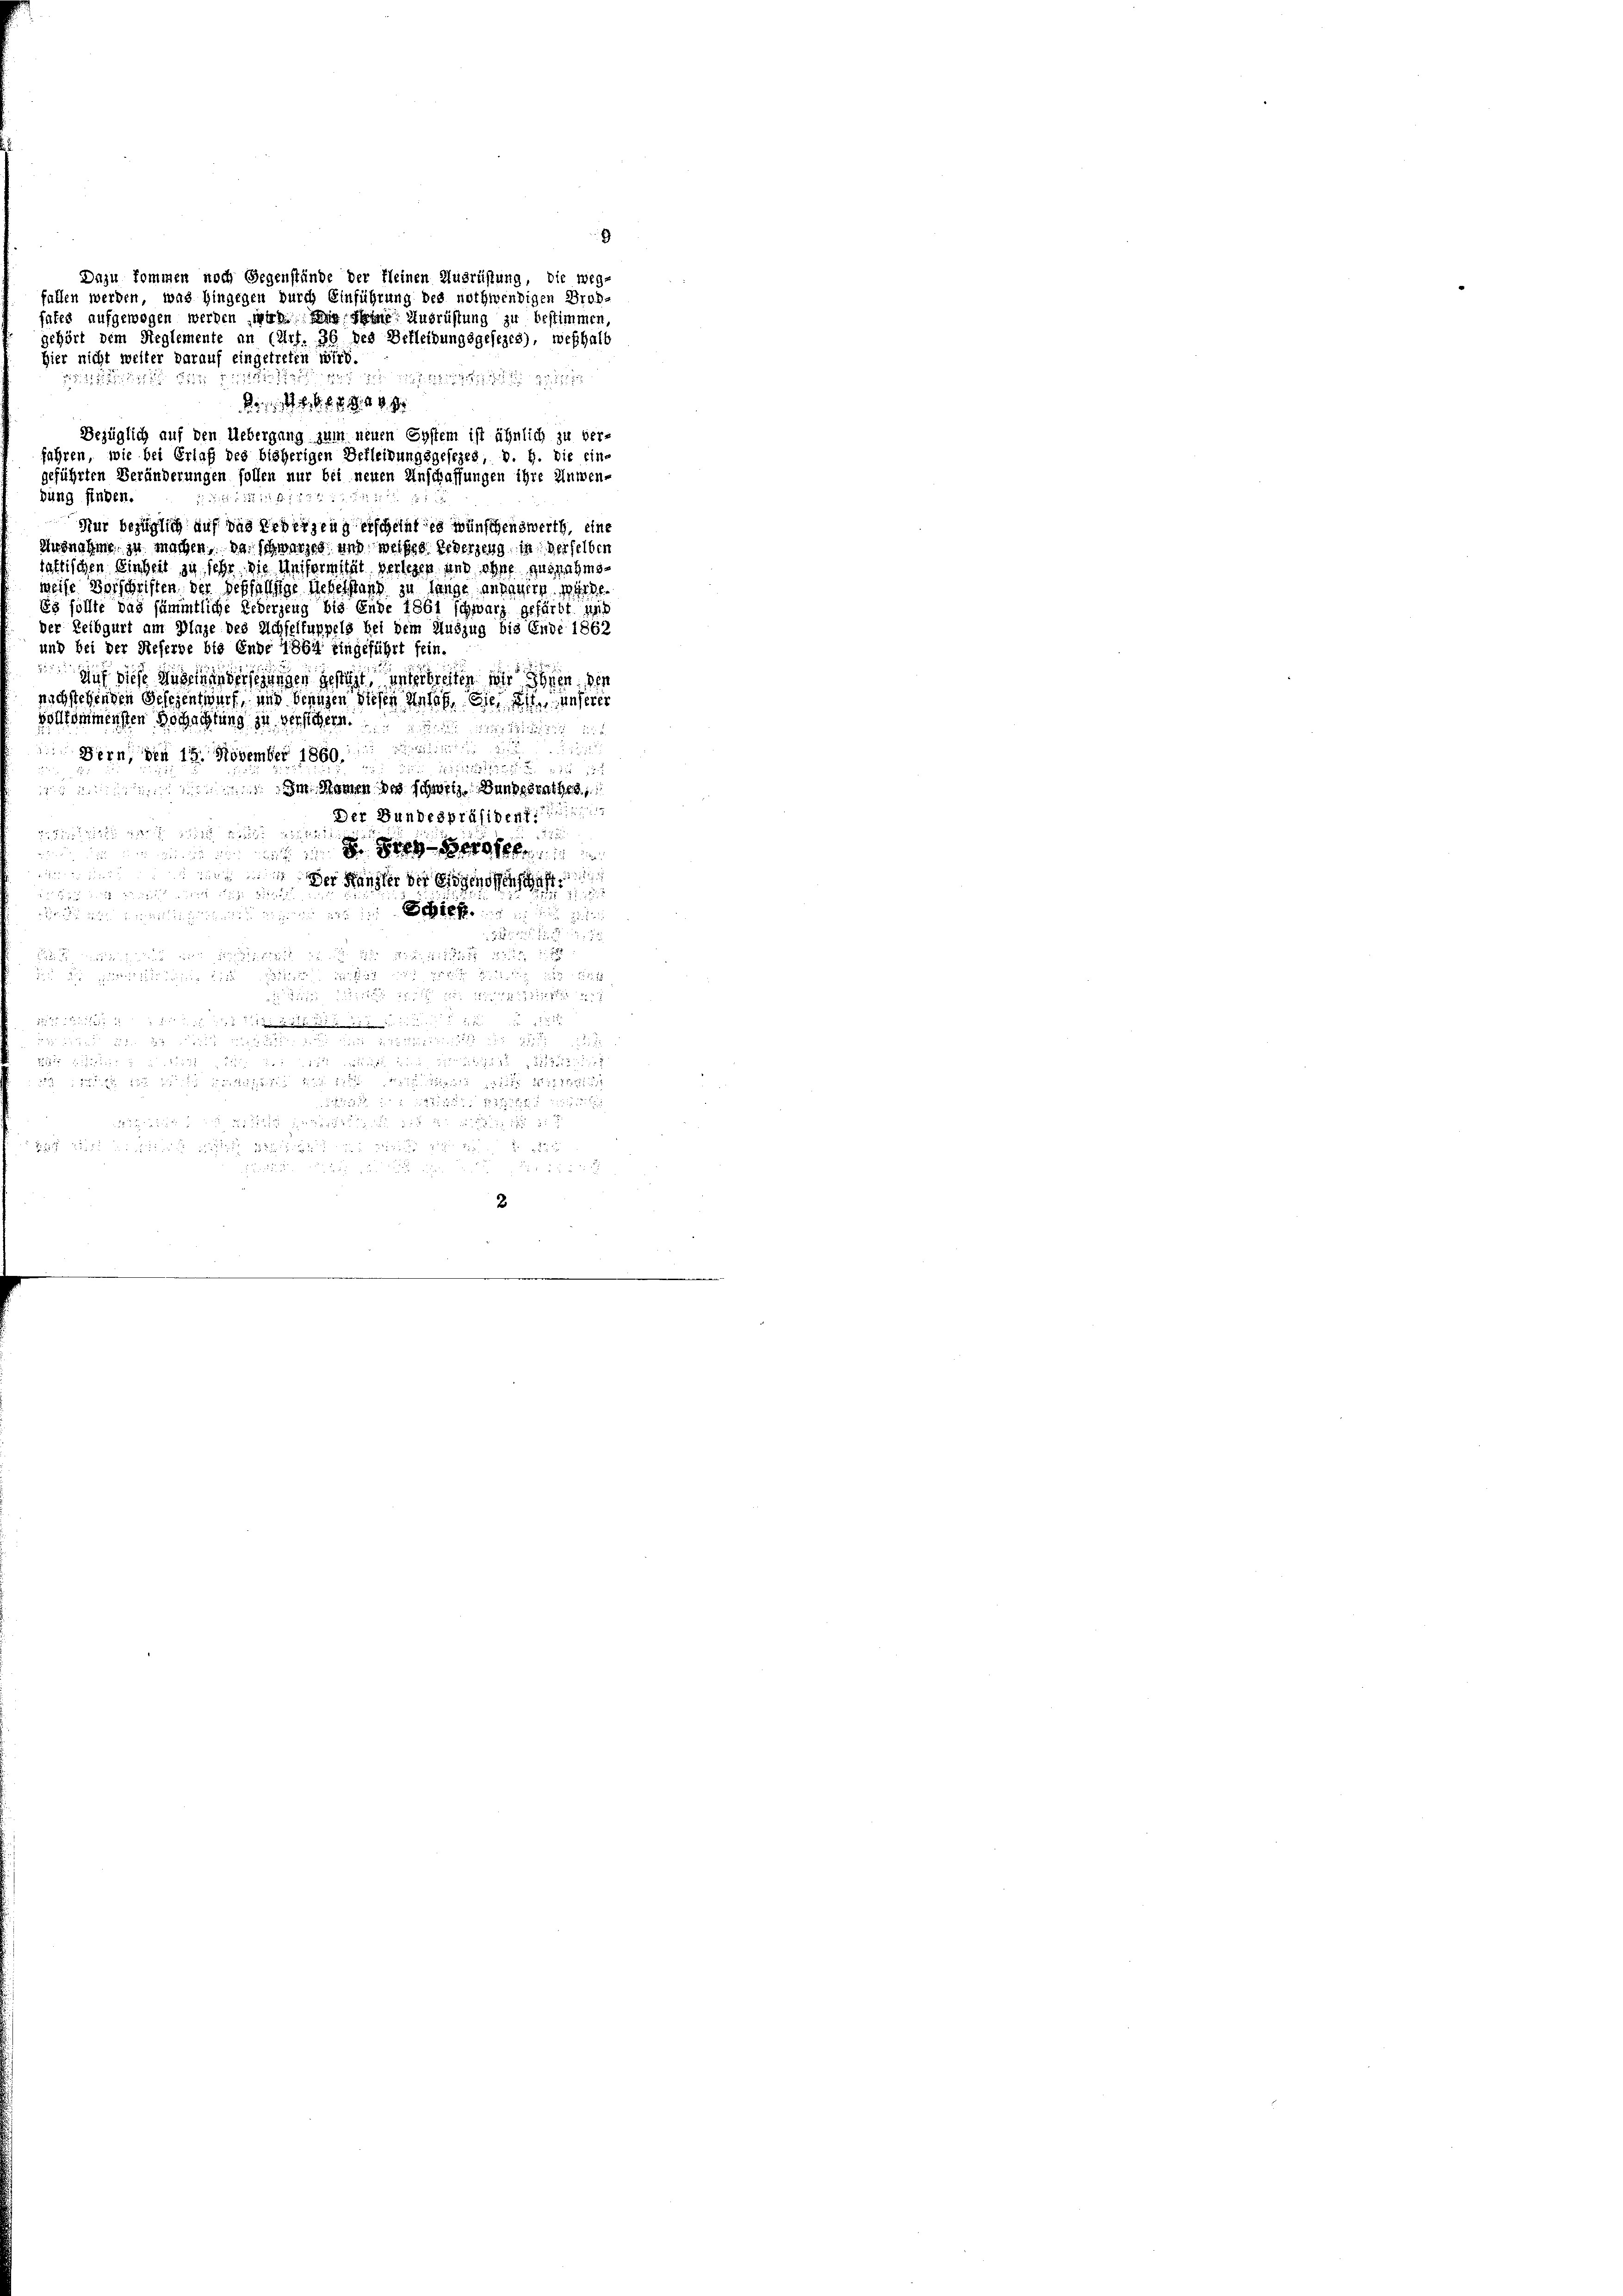
fallen werden, was hingegen durch Einführung des nothwendigen Drob-
fates aufgewogen werden wir in seine Ausrüstung zu bestimmen
gehört dem Reglemente an (Art. 36 des Bekleidungsgesezes), weshalt
Hier nicht weiter darauf eingetreten wird.
1
 f
68 40 x
Bezüglich auf den Uebergang zum neuen System ist ähnlich zu ver-
fahren, wie bei Erlaß des bisherigen Befleitungsgesezes, v. h. die ein-
geführten Veränderungen sollen nur bei neuen Anschaffungen ihre Anwen-
bung finden.
 5122
Nur bezüglich auf das Bederzeug erscheint es wünschenswerth, eine
Zursnahme zu machen, da schwarzes und weißes Gederzeug in derselben
faltischen Einheit zu sehr, die Uniformität verlesen und ohne ausnahmsweise Vorschriften der Seffällige Uebelstand zu lange annauern würde.
Es sollte das sämmtliche Ueberzeug bis Ende 1861 schwarz gefärbt aus
der Leibgurt am Dinge des Achfeltuppels bei dem Auszug bis Ende 1862
und bei der Referde bis Ende 1864 eingeführt sein.
Auf diese Auseinen dersezungen gesteht, unterbreiten wir Ihnen, der
nichstehenden Selesentwurf, und jenigen diesen Ansehe die gelten, unserer
vollkommensten Hochachtung zu verstehern.

Bern, den 19. November 1860 i
2111 1531
 Im Namen des schweiz. Bundesrathes,
Der Bundespräsident

ie in der er der ge
 d sie sicht
Schief

 herung

1
532.

2

Dazu kommen noch Gegenstände der Kleinen Ausrüstung, die weg-

515
1222

9